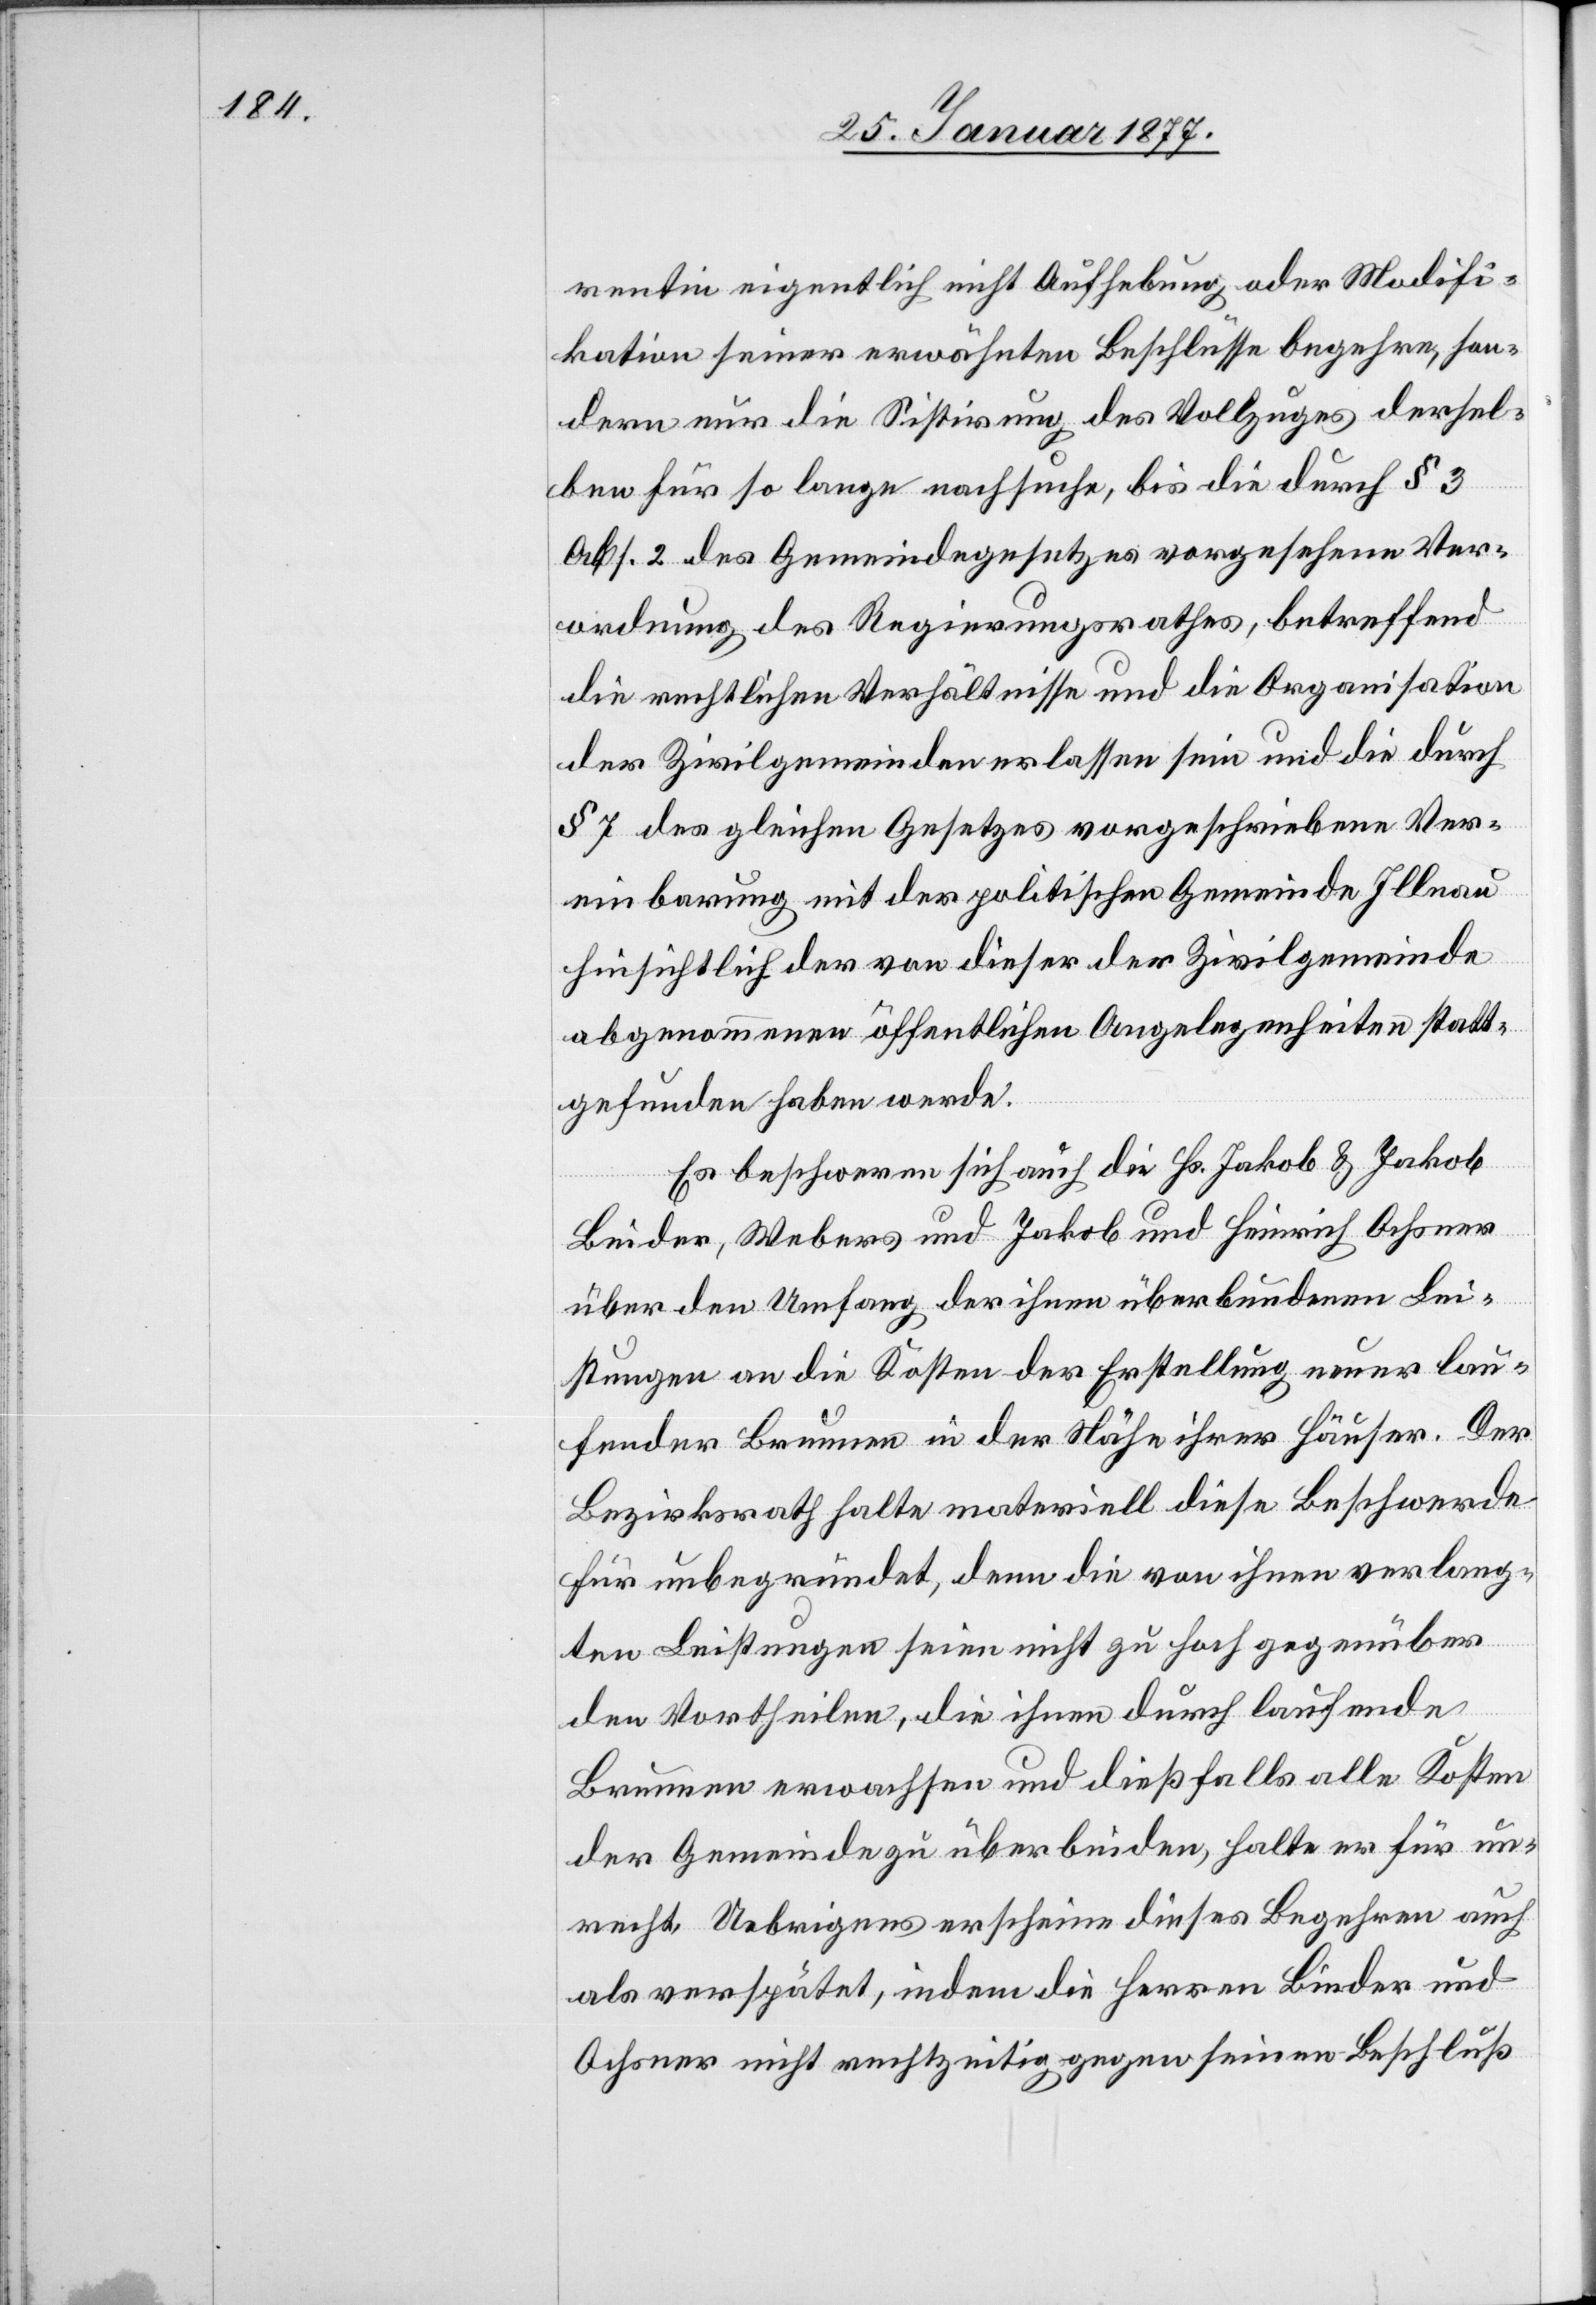
entin eigentlich nicht Aufhebung oder Modifi¬
kation seiner erwähnten Beschlüsse begehre, son¬
dern nur die Sistirung des Vollzuges dersel¬
ben für so lange nachsuche, bis die durch § 3
Abs. 2 des Gemeindegesetzes vorgesehene Ver¬
ordnung des Regierungsrathes, betreffend
die rechtlichen Verhältnisse und die Organisation
der Zivilgemeinden erlassen sein und die durch
§ 7 des gleichen Gesetzes vorgeschriebene Ver¬
einbarung mit der politischen Gemeinde Illnau
hinsichtlich der von dieser der Zivilgemeinde
abgenommenen öffentlichen Angelegenheiten statt¬
gefunden haben werde.
Es beschweren sich auch die Hr. Jakob & Jakob
Binder, Webers und Jakob und Heinrich Ochsner
über den Umfang der ihnen überbundenen Lei¬
stungen an die Kosten der Erstellung neuer lau¬
fender Brunnen in der Nähe ihrer Häuser. Der
Bezirksrath halte materiell diese Beschwerde
für unbegründet, denn die von ihnen verlang¬
ten Leistungen seien nicht zu hoch gegenüber
den Vortheilen, die ihnen durch laufende
Brunnen erwachsen und dießfalls alle Kosten
der Gemeinde zu überbinden, halte er für un¬
recht. Uebrigens erscheine dieses Begehren auch
als verspätet, indem die Herren Binder und
Ochsner nicht rechtzeitig gegen seinen Beschluß